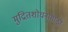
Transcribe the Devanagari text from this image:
मुद्रितशोधनासाठी